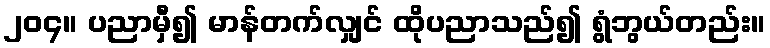
၂၀၄။ ပညာမှီ၍ မာန်တက်လျှင် ထိုပညာသည်၍ ရွံဘွယ်တည်း။